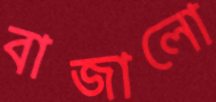
বাজালো